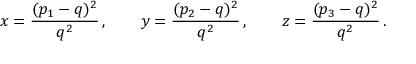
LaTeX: x = \frac { ( p _ { 1 } - q ) ^ { 2 } } { q ^ { 2 } } \, , \qquad y = \frac { ( p _ { 2 } - q ) ^ { 2 } } { q ^ { 2 } } \, , \qquad z = \frac { ( p _ { 3 } - q ) ^ { 2 } } { q ^ { 2 } } \, .